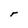
Character: r